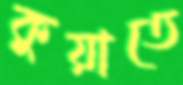
কুয়াতে